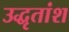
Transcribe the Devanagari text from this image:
उद्धृतांश